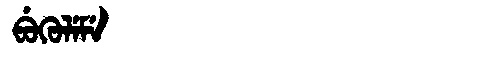
Manchu: ᠪᡠᡴᡠᠯᡝᠮᡝ
Romanization: BUKULEME